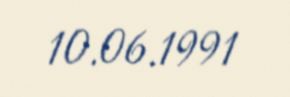
10.06.1991